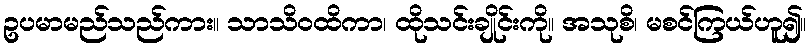
ဥပမာမည်သည်ကား။ သာသိဝထိကာ၊ ထိုသင်းချိုင်းကို။ အသုစိ၊ မစင်ကြယ်ဟူ၍။